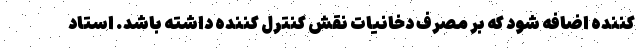
کننده اضافه شود که بر مصرف دخانیات نقش کنترل کننده داشته باشد. استاد